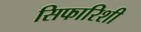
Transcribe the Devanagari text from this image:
सिफारिशी